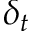
\delta _ { t }